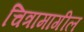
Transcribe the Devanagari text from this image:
चित्रामागील